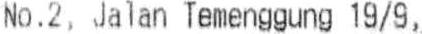
NO.2, JALAN TEMENGGUNG 19/9,